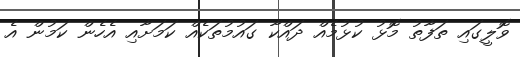
ވޮލީގައި ތަފާތު މޮޅު ކުޅުމެއް ދައްކާ ގައުމުތަކެއް ކަމަށާއި އެހެން ކަމުން އެ